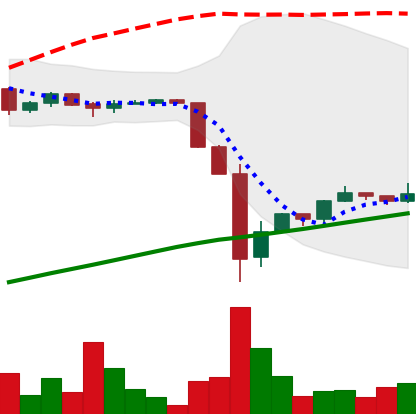
Ticker: BTC-USD
Chart end date: 2016-08-10
Forward return: -4.199%
Label: down_3_5